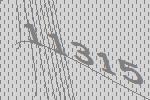
11315